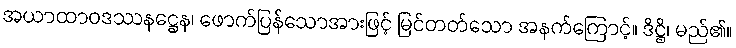
အယာထာဝဒဿနဋ္ဌေန၊ ဖောက်ပြန်သောအားဖြင့် မြင်တတ်သော အနက်ကြောင့်။ ဒိဋ္ဌိ၊ မည်၏။